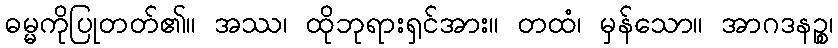
ဓမ္မကိုပြုတတ်၏။ အဿ၊ ထိုဘုရားရှင်အား။ တထံ၊ မှန်သော။ အာဂဒနဉ္စ၊